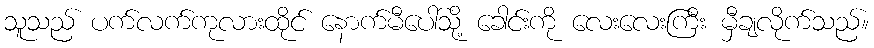
သူသည် ပက်လက်ကုလားထိုင် နောက်မီပေါ်သို့ ခေါင်းကို လေးလေးကြီး မှီချလိုက်သည်။